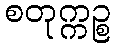
စတုက္ကဉ္စ